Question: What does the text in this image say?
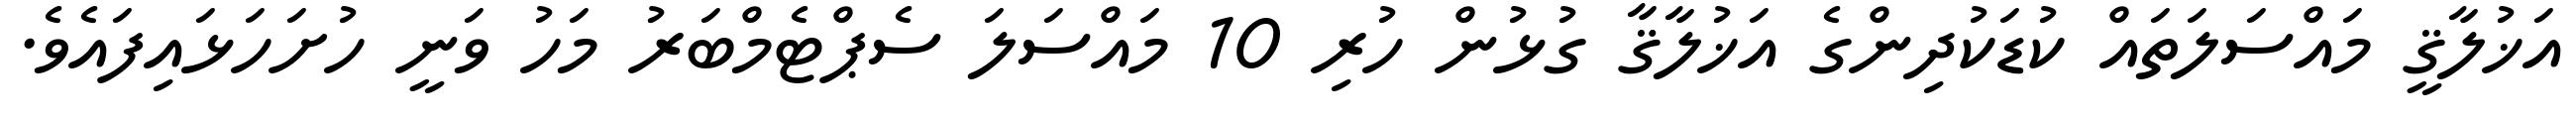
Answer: އަޚުލާޤީ މައްސަލަތައް ކުޑަކުދިންގެ އަޚުލާޤާ ގުޅުން ހުރި 10 މައްސަލަ ސެޕްޓެމްބަރު މަހު ވަނީ ހުށަހަޅައިފައެވެ.